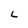
Character: L